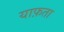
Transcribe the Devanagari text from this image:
याफ़ता